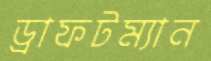
ড্রাফটম্যান